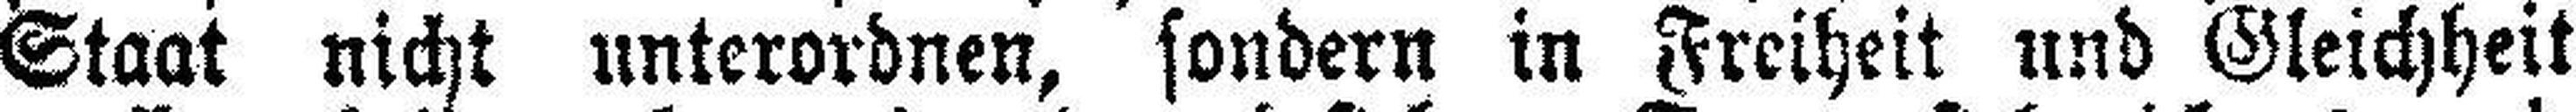
Staat nicht unterordnen, sondern in Freiheit und Gleichheit